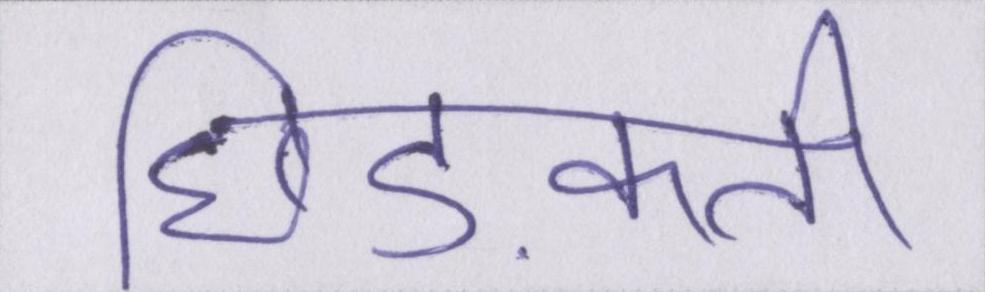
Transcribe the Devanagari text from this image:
छिड़कती